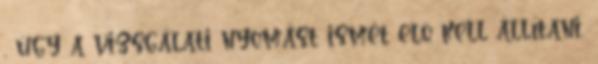
, úgy a vizsgálati nyomást ismét elõ kell állítani,